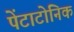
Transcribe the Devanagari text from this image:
पेंटाटोनिक